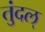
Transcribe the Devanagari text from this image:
तुंदल्